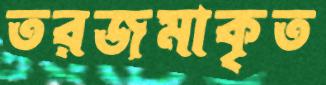
তরজমাকৃত